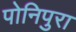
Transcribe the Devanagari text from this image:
पोनिपुरा